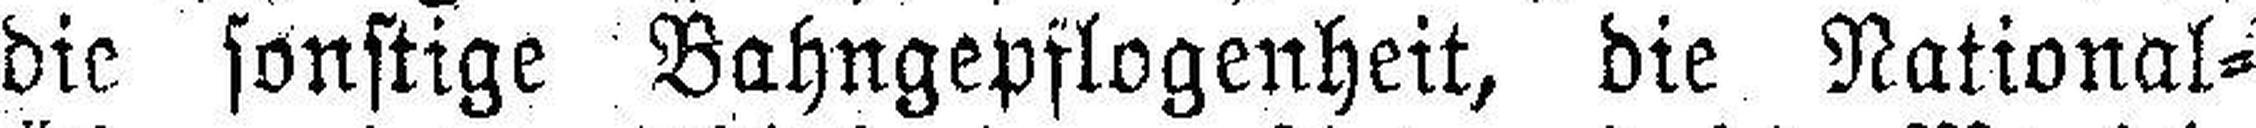
die sonstige Bahngepflogenheit, die National=